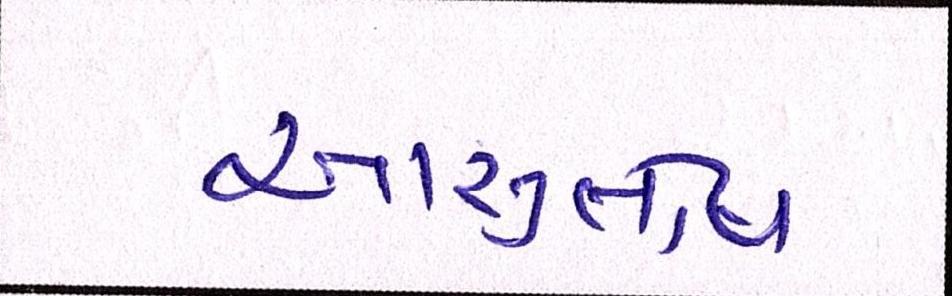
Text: આસુતોષ